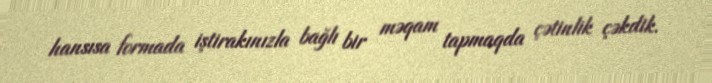
hansısa formada iştirakınızla bağlı bir məqam tapmaqda çətinlik çəkdik.